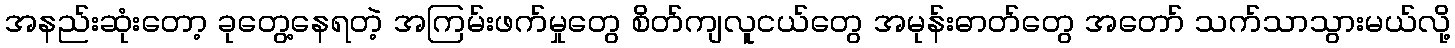
အနည်းဆုံးတော့ ခုတွေ့နေရတဲ့ အကြမ်းဖက်မှုတွေ စိတ်ကျလူငယ်တွေ အမုန်းဓာတ်တွေ အတော် သက်သာသွားမယ်လို့